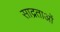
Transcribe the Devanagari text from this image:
साद्रताओं